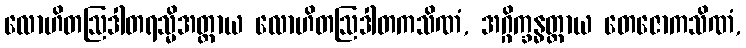
လောဟိတဩဒါတရသ္မိအတ္ထာယ လောဟိတဩဒါတကသိဏံ, အဂ္ဂိက္ခန္ဓတ္ထာယ တေဇောကသိဏံ,